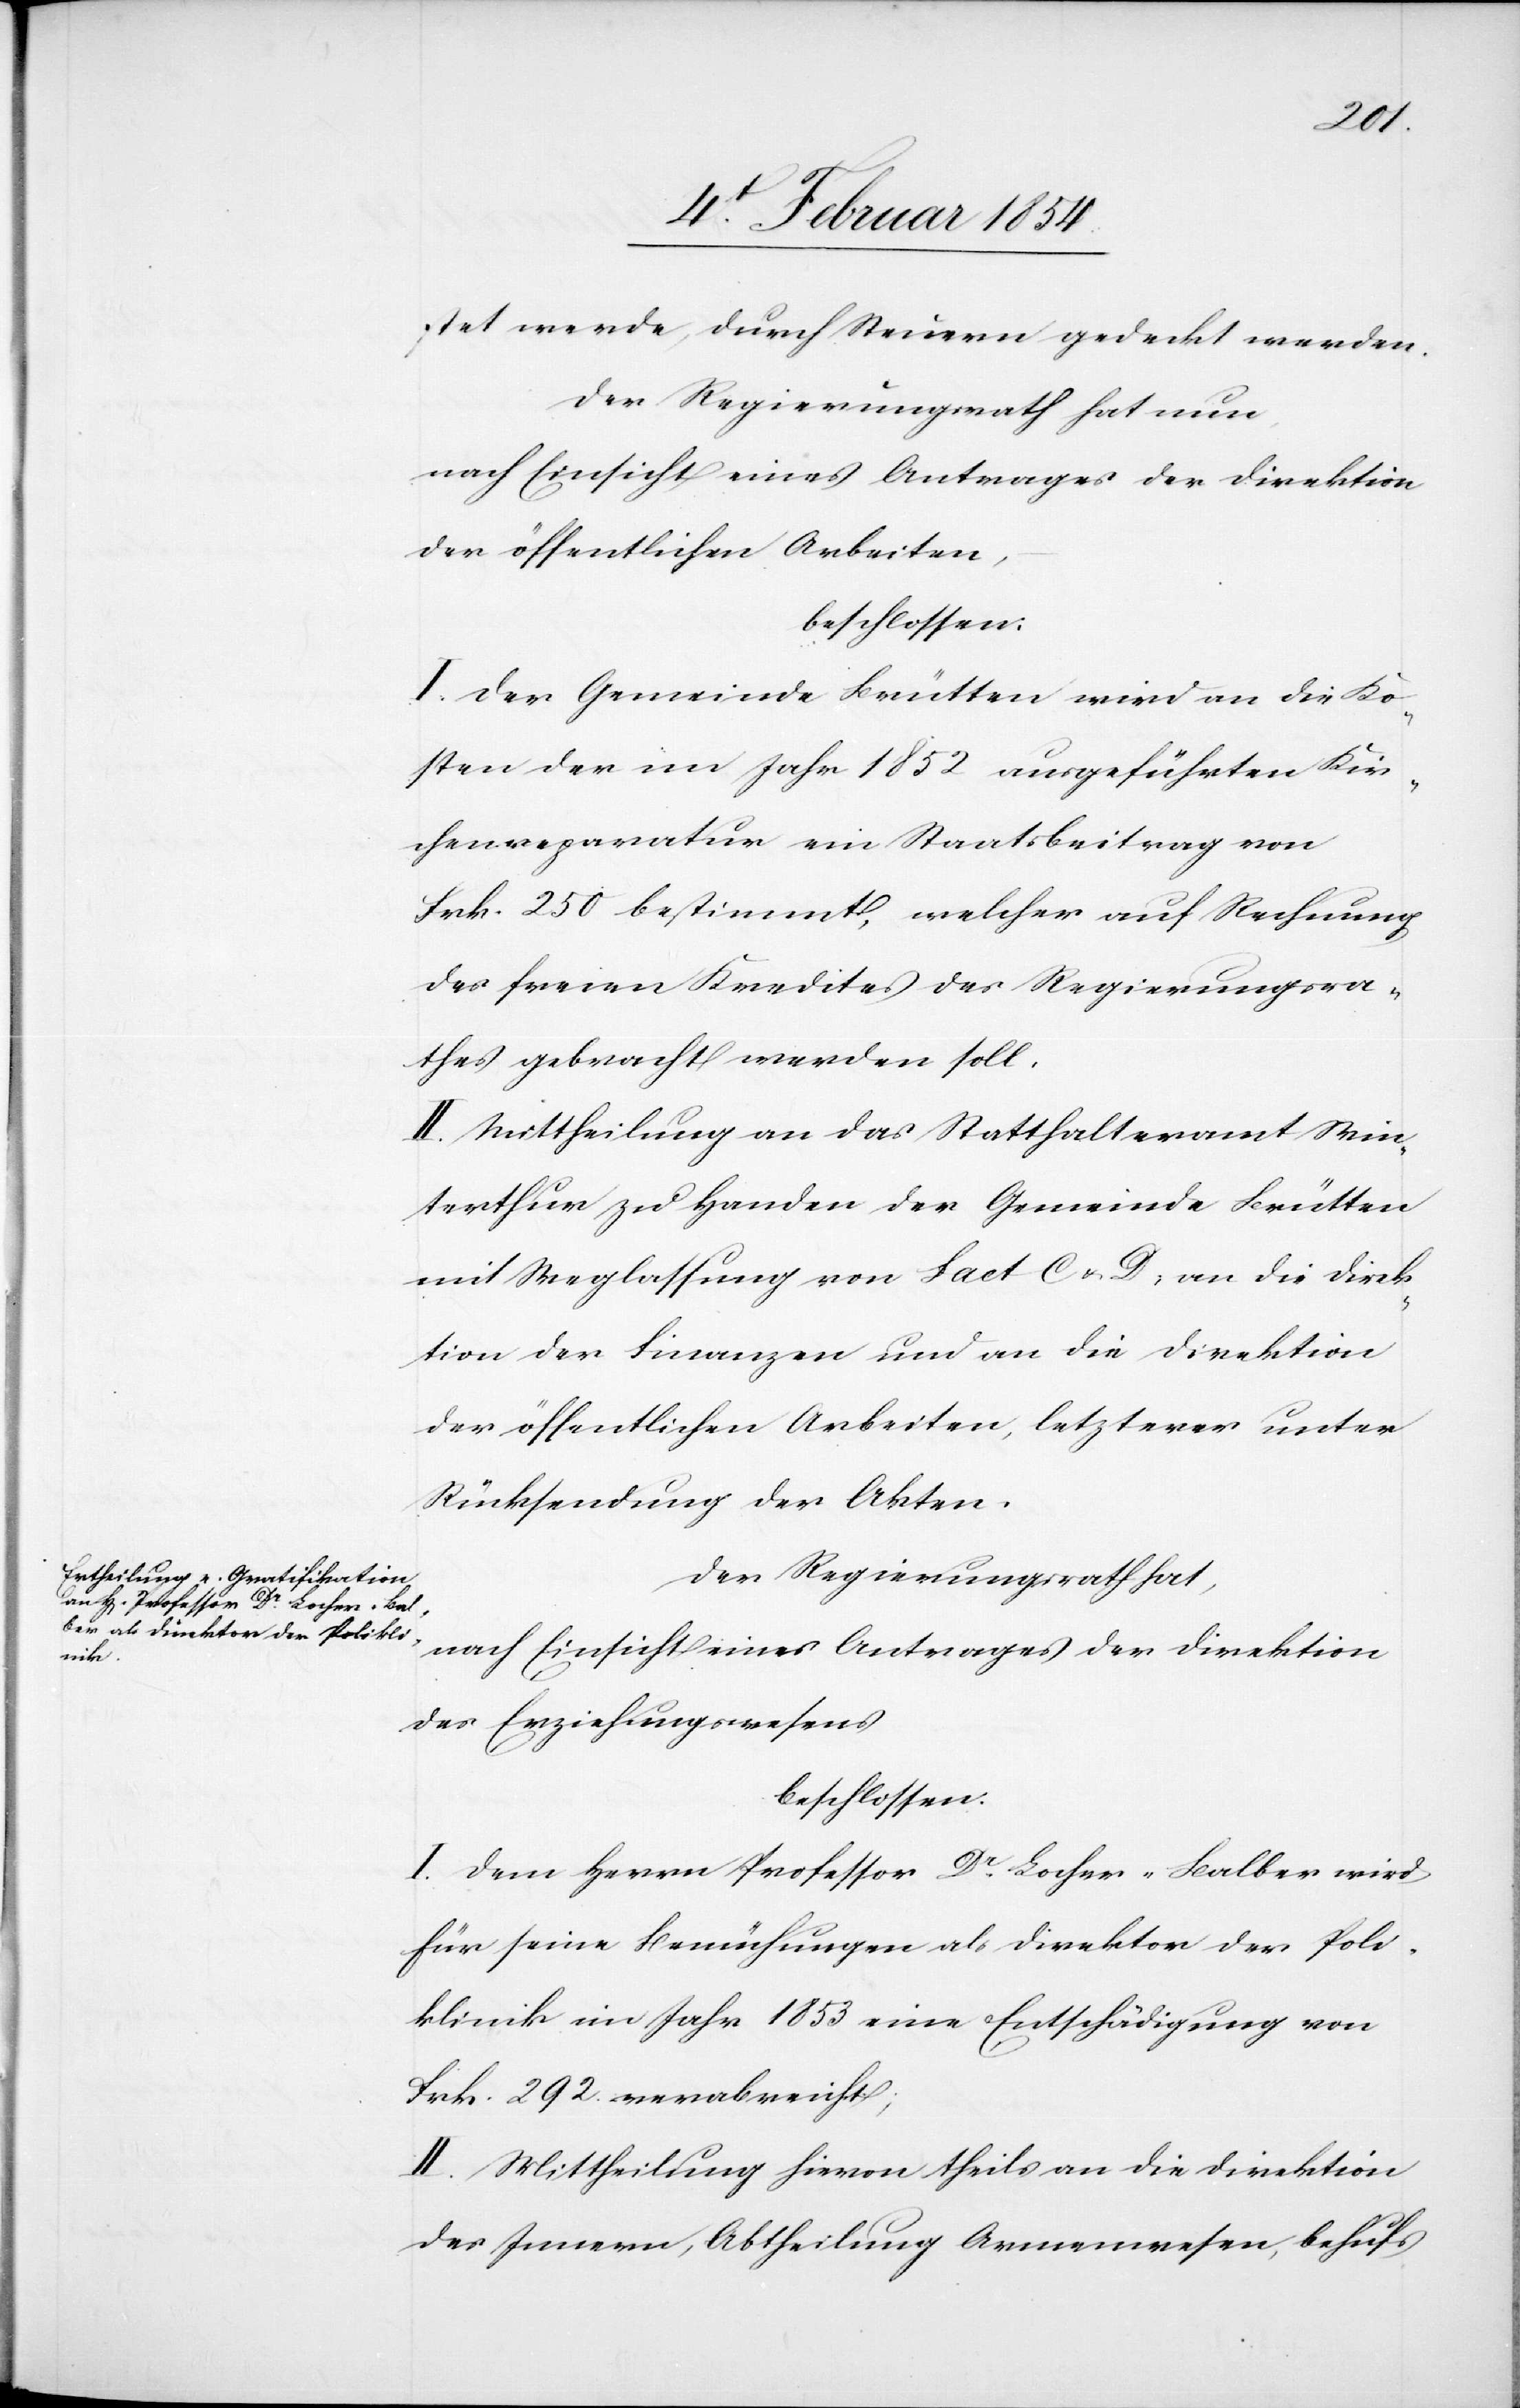
stet werde, durch Steuern gedeckt werden.
Der Regierungsrath hat nun,
nach Einsicht eines Antrages der Direktion
der öffentlichen Arbeiten,
beschlossen:
I. Der Gemeinde Brütten wird an die Ko¬
sten der im Jahr 1852 ausgeführten Kir¬
chenreparaturen ein Staatsbeitrag von
Frk. 250 bestimmt, welcher auf Rechnung
des freien Kredites des Regierungsra¬
thes gebracht werden soll.
II. Mittheilung an das Statthalteramt Win¬
terthur zu Handen der Gemeinde Brütten
mit Weglassung von Fact. C u. D; an die Direk¬
tion der Finanzen und an die Direktion
der öffentlichen Arbeiten letzterer unter
Rücksendung der Akten.
Der Regierungsrath hat,
nach Einsicht eines Antrages der Direktion
des Erziehungswesens
beschlossen:
I. Dem Herrn Professor Dr Locher-Balber wird
für seine Bemühungen als Direktor der Poli¬
klinik im Jahr 1853 eine Entschädigung von
Frk. 292. verabreicht;
II. Mittheilung hievon theils an die Direktion
des Innern, Abtheilung Armenwesen, behufs